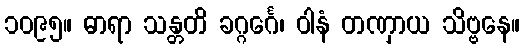
၁၀၉၅။ ဓာရာ သန္တတိ ခဂ္ဂင်္ဂေ၊ ဝါနံ တဏှာယ သိဗ္ဗနေ။